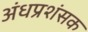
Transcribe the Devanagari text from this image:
अंधप्रशंसक